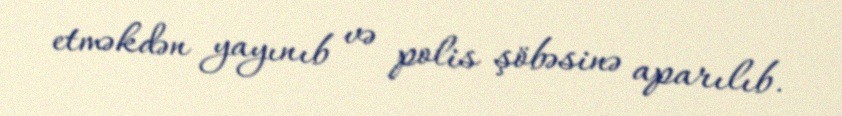
etməkdən yayınıb və polis şöbəsinə aparılıb.